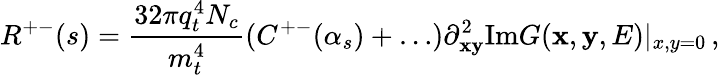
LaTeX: R^{+-}(s)={\frac{32\pi q_{t}^{4}N_{c}}{m_{t}^{4}}}(C^{+-}(\alpha_{s})+\ldots)\partial_{\mathbf x\mathbf y}^{2}\mathrm{Im}G({\mathbf x},{\mathbf y},E)|_{x,y=0}\, ,